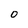
Character: 0